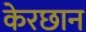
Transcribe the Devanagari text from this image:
केरछान